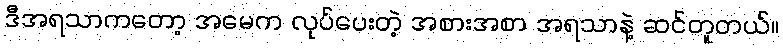
ဒီအရသာကတော့ အမေက လုပ်ပေးတဲ့ အစားအစာ အရသာနဲ့ ဆင်တူတယ်။